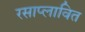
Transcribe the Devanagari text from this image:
रसाप्लावित